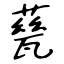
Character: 甆